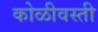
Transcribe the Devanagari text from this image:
कोळीवस्ती